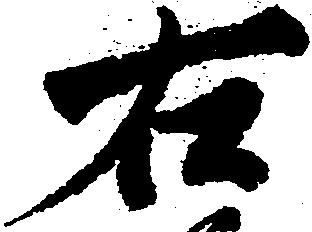
右